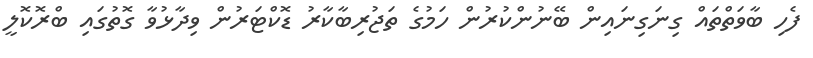
ފެހި ބާވަތްތައް ގިނަގިނައިން ބޭނުންކުރުން ހަމުގެ ތަޖުރިބާކާރު ޑޮކްޓަރުން ވިދާޅުވާ ގޮތުގައި ބްރޮކޮލީ